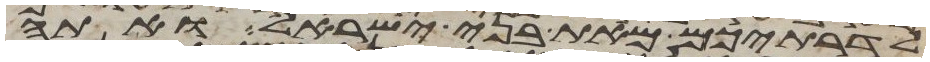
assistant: לדרתיכם מאת בני ישראל ואתה